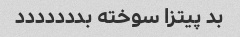
بد پیتزا سوخته بددددددد